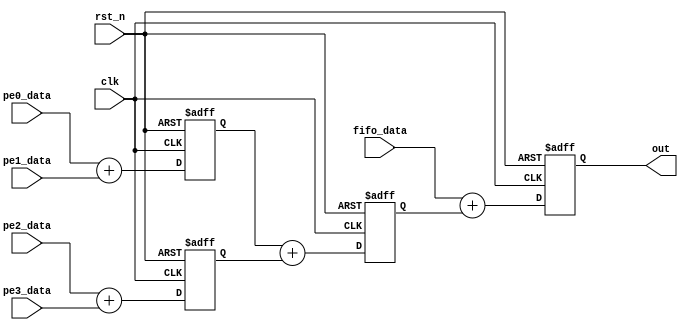
///==------------------------------------------------------------------==///
/// Conv kernel: adder tree of psum module
///==------------------------------------------------------------------==///
/// Three stages pipelined adder tree
module PSUM_ADD #(
    parameter data_width = 25
) (
    input clk,
    input rst_n,
    input signed [data_width-1:0] pe0_data,
    input signed [data_width-1:0] pe1_data,
    input signed [data_width-1:0] pe2_data,
    input signed [data_width-1:0] pe3_data,
    input signed [data_width-1:0] fifo_data,
    output signed [data_width-1:0] out
);

    reg signed [data_width-1:0] psum0;
    reg signed [data_width-1:0] psum1;
    reg signed [data_width-1:0] psum2;
    reg signed [data_width-1:0] out_r;

    assign out = out_r;
    /// Adder tree
    always @(posedge clk or negedge rst_n) begin
        if (!rst_n) begin
            psum0 <= 0;
            psum1 <= 0;
            psum2 <= 0;
            out_r   <= 0;
        end else begin
            psum0 <= pe0_data + pe1_data;
            psum1 <= pe2_data + pe3_data;
            psum2 <= psum0 + psum1;
            out_r <= fifo_data + psum2;
        end
    end
endmodule